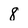
Character: 8